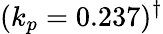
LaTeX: (k_{p}=0.237)^{\dagger}